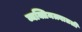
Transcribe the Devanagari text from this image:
व्यक्तिमत्त्वातली